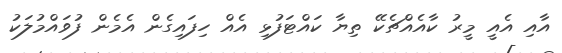
އާއި އެއީ މީރު ކާއެއްޗެކޭ ތިޔާ ކައްޓަފުޅި އެއް ހިފައިގެން އެމެން ފުވައްމުލަކު